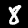
Digit: 8